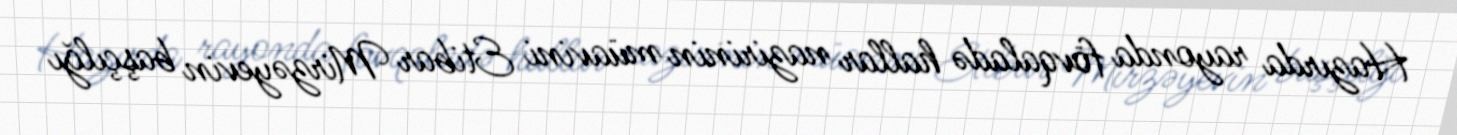
Hazırda rayonda fövqaladə hallar nazirinin müavini Etibar Mirzəyevin başçılğı